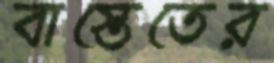
বাস্তেতের